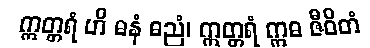
ဣတ္တရံ ဟိ ဓနံ ဓညံ၊ ဣတ္တရံ ဣဓ ဇီဝိတံ